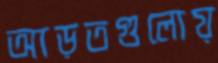
আড়তগুলোয়